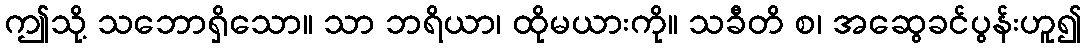
ဤသို့ သဘောရှိသော။ သာ ဘရိယာ၊ ထိုမယားကို။ သခီတိ စ၊ အဆွေခင်ပွန်းဟူ၍